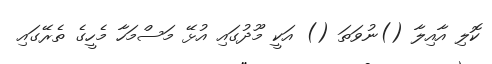
ކޮލި އާއިލާ ()ނުވަތަ () އަކީ މޫދުގައި އުޅޭ މަސްމަހާ މެހީގެ ތެރޭގައި